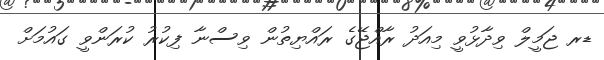
ޑރ ޖަމީލް ވިދާޅުވީ މިއަދު ރާއްޖޭގެ ރައްޔިތުން ވިސްނާ ފިކުރު ކުރަންވީ ގައުމަށް